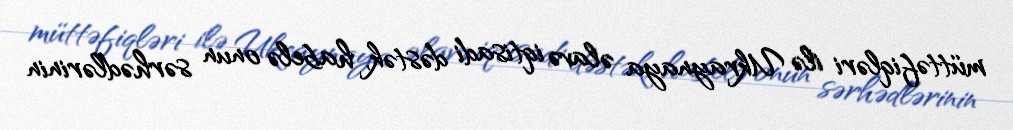
müttəfiqləri ilə Ukraynaya əlavə iqtisadi dəstək, habelə onun sərhədlərinin